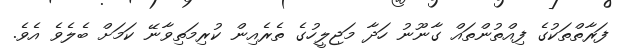
ފަރާތްތަކުގެ ފިއްތުންތައް ގާނޫނު ހަދާ މަޖިލީހުގެ ތެރެއިން ކުރިމަތިވާނޭ ކަމަށް ބެލެވެ އެވެ.